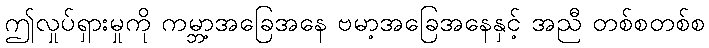
ဤလှုပ်ရှားမှုကို ကမ္ဘာ့အခြေအနေ ဗမာ့အခြေအနေနှင့် အညီ တစ်စတစ်စ